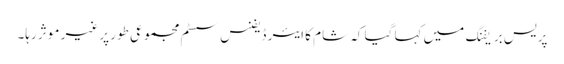
پریس بریفنگ میں کہا گیا کہ شام کا ایئر ڈیفنس سسٹم مجموعی طور پر غیر موثر رہا۔